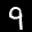
Label: 9